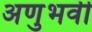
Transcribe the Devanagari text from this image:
अणुभवी